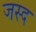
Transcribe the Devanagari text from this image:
जस्द